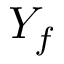
Y _ { f }